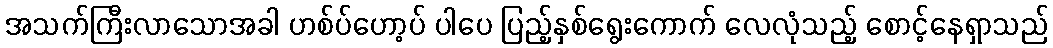
အသက်ကြီးလာသောအခါ ဟစ်ပ်ဟော့ပ် ပါပေ ပြည့်နှစ်ရွေးကောက် လေလုံသည့် စောင့်နေရှာသည်